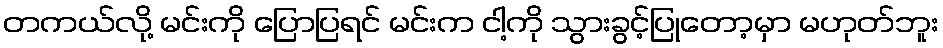
တကယ်လို့ မင်းကို ပြောပြရင် မင်းက ငါ့ကို သွားခွင့်ပြုတော့မှာ မဟုတ်ဘူး